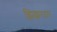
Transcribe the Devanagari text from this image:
झिझरदार